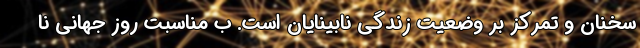
سخنان و تمرکز بر وضعیت زندگی نابینایان است. ب مناسبت روز جهانی نا